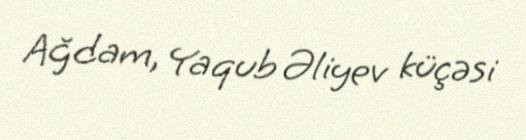
Ağdam, Yaqub Əliyev küçəsi